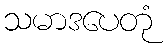
သမာဒပေတုံ